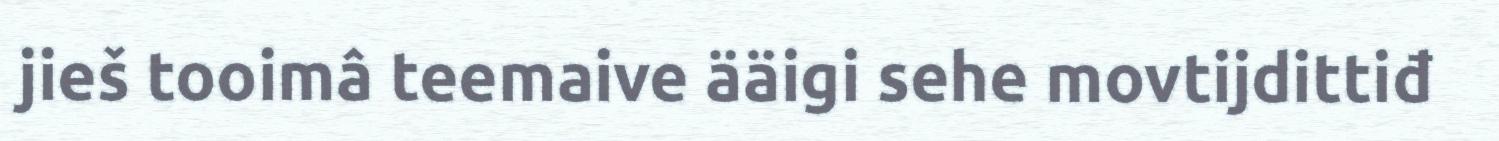
jieš tooimâ teemaive ääigi sehe movtijdittiđ